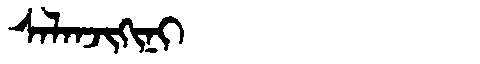
Manchu: ᠰᠠᠯᠠᠨᠵᡳᡴᡳᠨᡳ
Romanization: SALANJIKINI